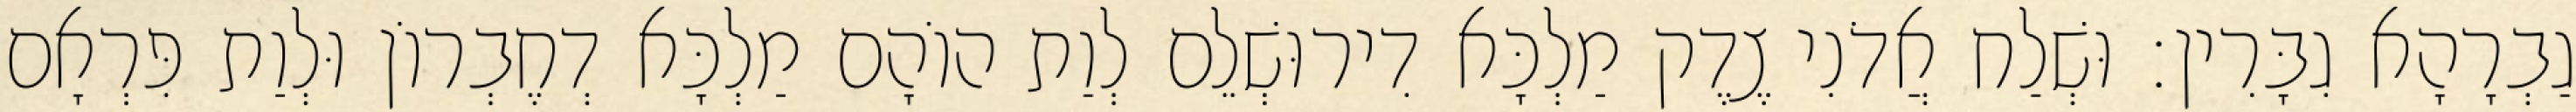
גַבְרָהָא גִבָּרִין׃ וּשְׁלַח אֲדֹנִי צֶדֶק מַלְכָּא דִירוּשְׁלֵם לְוַת הוֹהָם מַלְכָּא דְחֶבְרוֹן וּלְוַת פִּרְאָם